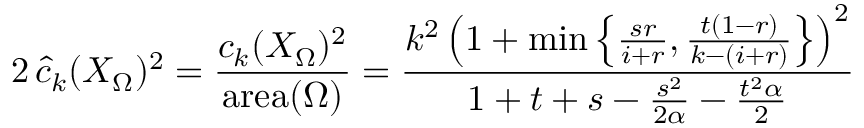
2 \, \widehat { c } _ { k } ( X _ { \Omega } ) ^ { 2 } = \frac { c _ { k } ( X _ { \Omega } ) ^ { 2 } } { \mathrm { a r e a } ( \Omega ) } = \frac { k ^ { 2 } \left( 1 + \operatorname* { m i n } \left\{ \frac { s r } { i + r } , \frac { t ( 1 - r ) } { k - ( i + r ) } \right\} \right) ^ { 2 } } { 1 + t + s - \frac { s ^ { 2 } } { 2 \alpha } - \frac { t ^ { 2 } \alpha } { 2 } }